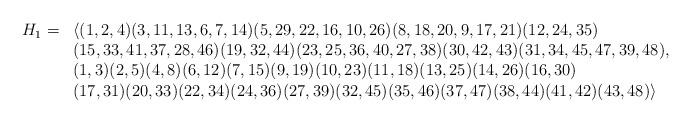
LaTeX: \begin{align*}\begin{array}{rl}H_1=&\langle(1,2,4)(3,11,13,6,7,14)(5,29,22,16,10,26)(8,18,20,9,17,21)(12,24,35)\\&(15,33,41,37,28,46)(19,32,44)(23,25,36,40,27,38)(30,42,43)(31,34,45,47,39,48),\\&(1,3)(2,5)(4,8)(6,12)(7,15)(9,19)(10,23)(11,18)(13,25)(14,26)(16,30)\\&(17,31)(20,33)(22,34)(24,36)(27,39)(32,45)(35,46)(37,47)(38,44)(41,42)(43,48)\rangle\end{array}\end{align*}